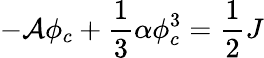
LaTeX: -{\cal A}\phi_{c}+\frac{1}{3}\alpha\phi_{c}^{3}=\frac{1}{2}J